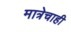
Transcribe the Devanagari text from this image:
मात्रेचाही